Statistical return of the lunatic asylum in Assam - 1912-1932
Year: 1912
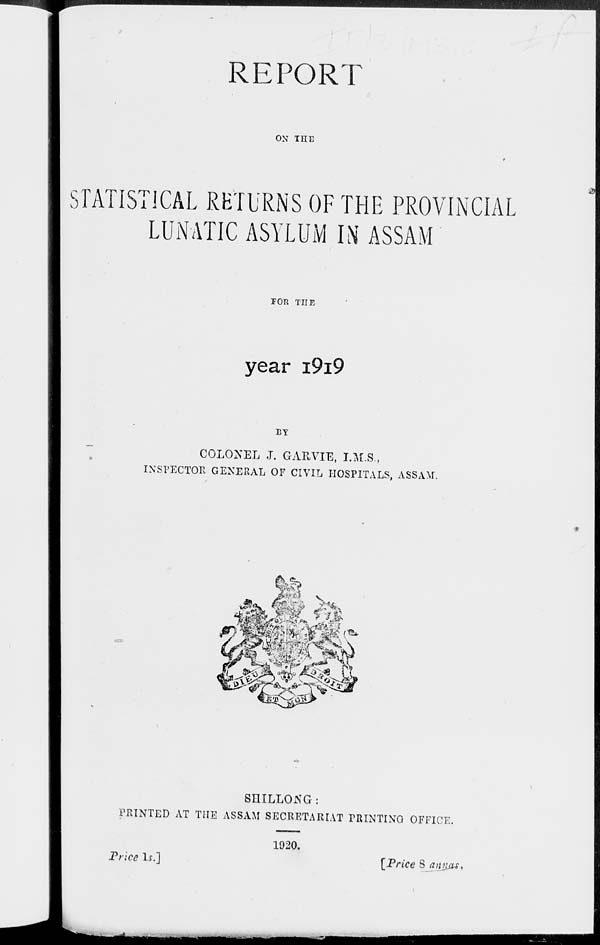
REPORT
OX THE
STATISTICAL RETURNS OF THE PROVINCIAL
LUNATIC ASYLUM IN ASSAM
FOR THE
year I9I9
BY
COLONEL J. GARVIE, I.M.S.,
INSPECTOR GENERAL OF CIVIL HOSPITALS, ASSAM.
SHILLONG :
PRINTED AT THE ASSAM SECRETARIAT PRINTING OFFICE.
Price Is.]
1920.
[Price 8 a mists.